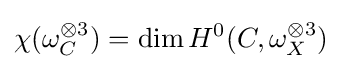
\chi (\omega _{C}^{\otimes 3})=\dim H^{0}(C,\omega _{X}^{\otimes 3})